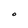
Character: O